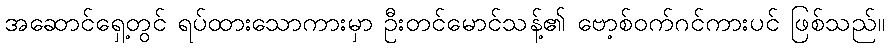
အဆောင်ရှေ့တွင် ရပ်ထားသောကားမှာ ဦးတင်မောင်သန့်၏ ဗော့စ်ဝက်ဂင်ကားပင် ဖြစ်သည်။